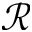
\mathcal { R }